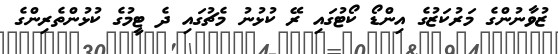
ޒުވާނުންގެ މަރުކަޒުގެ އިންޑޯ ކޯޓުގައި ރޭ ކުޅުނު މެޗުގައި ދެ ޓީމުގެ ކުޅުންތެރިންގެ